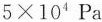
$$5 \times 1 0 ^ { 4 } Pa$$